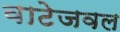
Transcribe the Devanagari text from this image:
वाटेजवल